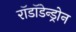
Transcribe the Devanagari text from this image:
रॉडॉडेन्ड्रोन